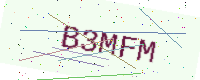
Text: B3MFM